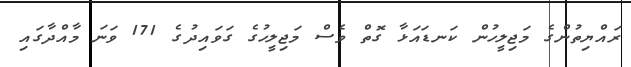
ރައްޔިތުންގެ މަޖިލީހުން ކަނޑައަޅާ ގޮތް ވެސް މަޖިލީހުގެ ގަވައިދުގެ 171 ވަނަ މާއްދާގައި